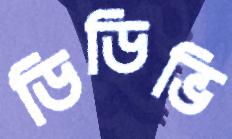
ডিডিভি